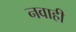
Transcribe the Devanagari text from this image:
नवाही